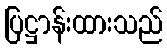
ပြဋ္ဌာန်းထားသည်